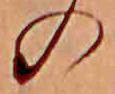
の